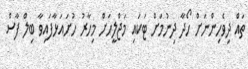
ތައް ދިވެހިންނަށް ހޯދާ ދިނުމަށް ޓަކައި މަޖްލީހަށް މިހާރު ހުށައަޅާފައިވާ ބިލް ފާސް